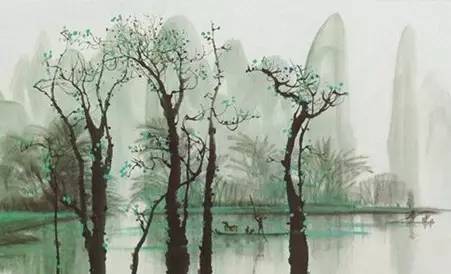
试玉要烧三日满，辨材须待七年期。